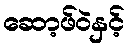
ဆော့ဖ်ဝဲနှင့်